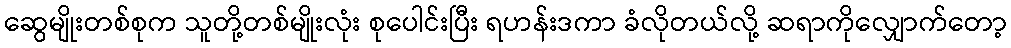
ဆွေမျိုးတစ်စုက သူတို့တစ်မျိုးလုံး စုပေါင်းပြီး ရဟန်းဒကာ ခံလိုတယ်လို့ ဆရာကိုလျှောက်တော့